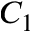
C _ { 1 }